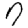
Digit: 7